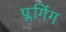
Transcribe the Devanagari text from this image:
प्लगिंग